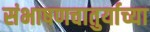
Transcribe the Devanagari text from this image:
संभाषणचातुर्याच्या